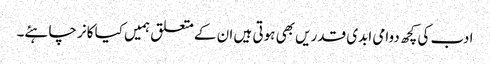
ادب کی کچھ دوامی ابدی قدریں بھی ہوتی ہیں ان کے متعلق ہمیں کیا کانر چاہئے۔